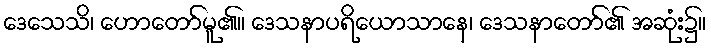
ဒေသေသိ၊ ဟောတော်မူ၏။ ဒေသနာပရိယောသာနေ၊ ဒေသနာတော်၏ အဆုံး၌။